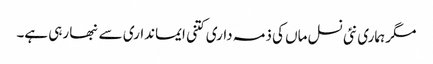
مگر ہماری نئی نسل ماں کی ذمہ داری کتنی ایمانداری سے نبھا رہی ہے۔